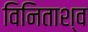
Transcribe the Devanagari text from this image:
विनिताश्व